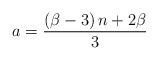
\begin{align*}a=\frac{\left(\beta-3\right)n+2\beta}{3}\end{align*}